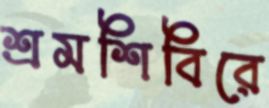
শ্রমশিবিরে